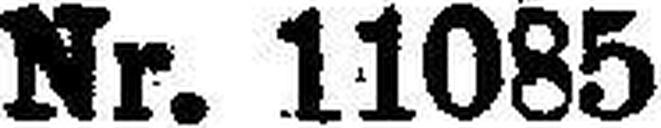
Nr. 11085